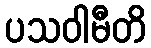
ပသဝါမီတိ